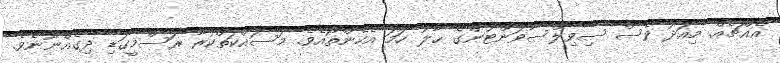
އެއްޗެއް. މިއަދު ވެސް ސިވިލްސާވަންޓުންގެ ޙާލު ހަމަ އެހެންތޯއެވެ. މަސައްކަތްކުރާ ރަސްމީގަޑި ދިގެއްނޫނެވެ.